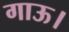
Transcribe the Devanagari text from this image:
गाऊ।